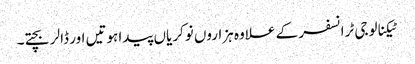
ٹیکنالوجی ٹرانسفر کے علاوہ ہزاروں نوکریاں پیدا ہوتیں اور ڈالر بچتے۔